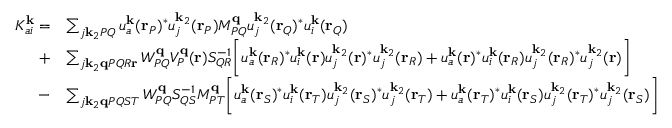
\begin{array} { r l } { K _ { a i } ^ { \mathbf { k } } = } & { \sum _ { j \mathbf { k } _ { 2 } P Q } u _ { a } ^ { \mathbf { k } } ( \mathbf { r } _ { P } ) ^ { * } u _ { j } ^ { \mathbf { k } _ { 2 } } ( \mathbf { r } _ { P } ) M _ { P Q } ^ { \mathbf { q } } u _ { j } ^ { \mathbf { k } _ { 2 } } ( \mathbf { r } _ { Q } ) ^ { * } u _ { i } ^ { \mathbf { k } } ( \mathbf { r } _ { Q } ) } \\ { + } & { \sum _ { j \mathbf { k } _ { 2 } \mathbf { q } P Q R \mathbf { r } } W _ { P Q } ^ { \mathbf { q } } V _ { P } ^ { \mathbf { q } } ( \mathbf { r } ) S _ { Q R } ^ { - 1 } \bigg [ u _ { a } ^ { \mathbf { k } } ( \mathbf { r } _ { R } ) ^ { * } u _ { i } ^ { \mathbf { k } } ( \mathbf { r } ) u _ { j } ^ { \mathbf { k } _ { 2 } } ( \mathbf { r } ) ^ { * } u _ { j } ^ { \mathbf { k } _ { 2 } } ( \mathbf { r } _ { R } ) + u _ { a } ^ { \mathbf { k } } ( \mathbf { r } ) ^ { * } u _ { i } ^ { \mathbf { k } } ( \mathbf { r } _ { R } ) u _ { j } ^ { \mathbf { k } _ { 2 } } ( \mathbf { r } _ { R } ) ^ { * } u _ { j } ^ { \mathbf { k } _ { 2 } } ( \mathbf { r } ) \bigg ] } \\ { - } & { \sum _ { j \mathbf { k } _ { 2 } \mathbf { q } P Q S T } W _ { P Q } ^ { \mathbf { q } } S _ { Q S } ^ { - 1 } M _ { P T } ^ { \mathbf { q } } \bigg [ u _ { a } ^ { \mathbf { k } } ( \mathbf { r } _ { S } ) ^ { * } u _ { i } ^ { \mathbf { k } } ( \mathbf { r } _ { T } ) u _ { j } ^ { \mathbf { k } _ { 2 } } ( \mathbf { r } _ { S } ) ^ { * } u _ { j } ^ { \mathbf { k } _ { 2 } } ( \mathbf { r } _ { T } ) + u _ { a } ^ { \mathbf { k } } ( \mathbf { r } _ { T } ) ^ { * } u _ { i } ^ { \mathbf { k } } ( \mathbf { r } _ { S } ) u _ { j } ^ { \mathbf { k } _ { 2 } } ( \mathbf { r } _ { T } ) ^ { * } u _ { j } ^ { \mathbf { k } _ { 2 } } ( \mathbf { r } _ { S } ) \bigg ] } \end{array}